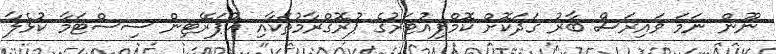
ނޫން ނަމަ ވައިރަސް ބާރު ގަދަކޮށް ކޮމްޕިއުޓަރުގެ ޕުރޮގްރާމުތަކާއި އޮޕަރޭޓިން ސިސްޓަމާ ކުޅެލާ